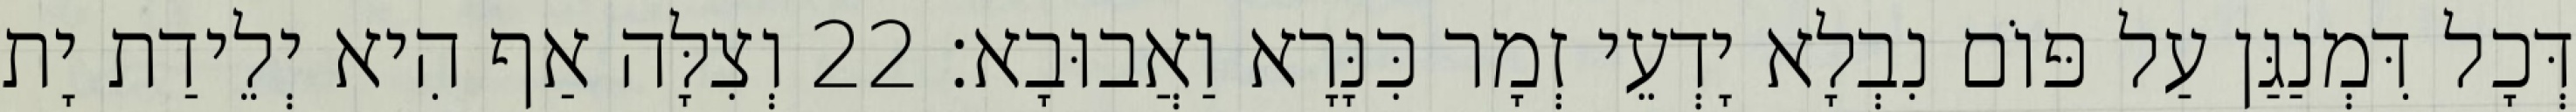
דְּכָל דִּמְנַגַּן עַל פּוֹם נִבְלָא יָדְעֵי זְמָר כִּנָּרָא וַאֲבוּבָא׃ 22 וְצִלָּה אַף הִיא יְלֵידַת יָת